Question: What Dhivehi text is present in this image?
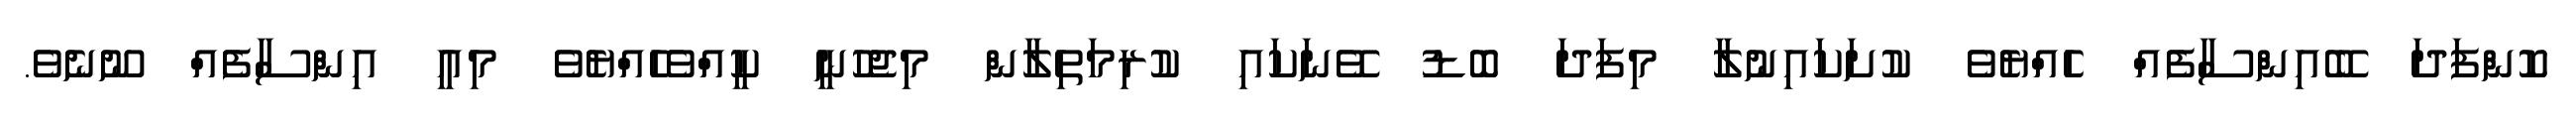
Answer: ކޮންފަދަ ބޭއިންސާފެއް ހެއްޔެވެ ކުށަކައިނުލާ މިފަދަ ބޮޑު ވޭނަކައި ކުރިމަތިލާން މިޖެހުނީ ކީއްވެހެއްޔެވެ މިއީ އިންސާފެއް ނޫނެވެ.